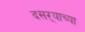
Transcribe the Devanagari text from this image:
दसऱ्‍याच्या